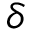
\delta